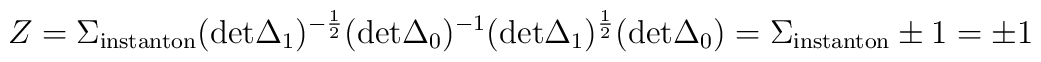
Z= \Sigma_{\rm instanton} ({\rm det} \Delta_1)^{-{1 \over 2}}({\rm det} \Delta_0)^{-1} ({\rm det} \Delta_1)^{1 \over 2}({\rm  det} \Delta_0)=\Sigma_{\rm instanton} \pm 1 = \pm 1